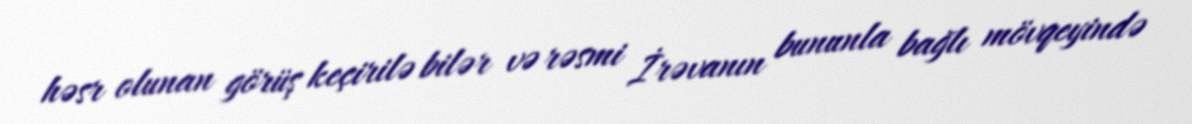
həsr olunan görüş keçirilə bilər və rəsmi İrəvanın bununla bağlı mövqeyində